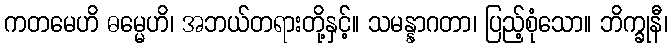
ကတမေဟိ ဓမ္မေဟိ၊ အဘယ်တရားတို့နှင့်။ သမန္နာဂတာ၊ ပြည့်စုံသော။ ဘိက္ခုနီ၊